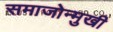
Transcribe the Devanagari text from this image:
समाजोन्मुखी